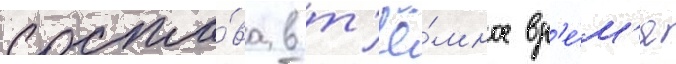
соста́ва в т'ё́мное вр'е́м'я